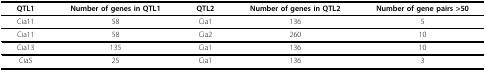
<table><thead><tr><td><b>QTL1</b></td><td><b>Number of genes in QTL1</b></td><td><b>QTL2</b></td><td><b>Number of genes in QTL2</b></td><td><b>Number of gene pairs &gt;50</b></td></tr></thead><tbody><tr><td>Cia11</td><td>58</td><td>Cia1</td><td>136</td><td>5</td></tr><tr><td>Cia11</td><td>58</td><td>Cia2</td><td>260</td><td>10</td></tr><tr><td>Cia13</td><td>135</td><td>Cia1</td><td>136</td><td>10</td></tr><tr><td>Cia5</td><td>25</td><td>Cia1</td><td>136</td><td>3</td></tr></tbody></table>